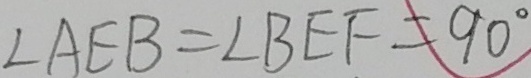
\angle A E B = \angle B E F = \angle 9 0 ^ { \circ }